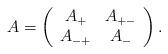
LaTeX: \begin{align*}A=\left(\begin{array}{cc}A_+ & A_{+-}\\A_{-+}& A_-\end{array}\right).\end{align*}